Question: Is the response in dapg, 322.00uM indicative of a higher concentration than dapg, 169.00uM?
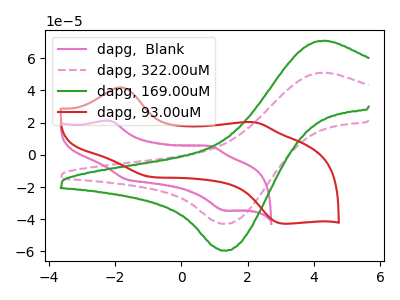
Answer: <think>The pink curve "dapg,  Blank" has anodic peaks at (-2.15V, 21.15uA) (0.85V, 5.40uA) and cathodic peaks at (-1.70V, -15.05uA) (1.30V, -34.60uA). The pink dashed curve "dapg, 322.00uM" has an anodic peak at (4.30V, 51.00uA) and a cathodic peak at (1.35V, -42.85uA). The green curve "dapg, 169.00uM" has an anodic peak at (4.30V, 70.85uA) and a cathodic peak at (1.35V, -59.50uA). The red curve "dapg, 93.00uM" has anodic peaks at (-1.85V, 41.90uA) (2.20V, 20.25uA) and cathodic peaks at (-0.95V, -13.60uA) (3.05V, -42.75uA).
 All the peaks in "dapg, 322.00uM" have a peak in "dapg, 169.00uM" at the same potential. Every peak in "dapg, 322.00uM" is lower than every peak in "dapg, 169.00uM".</think>
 <answer>"dapg, 322.00uM" has less signal than "dapg, 169.00uM".</answer>
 <eval>less_signal</eval>